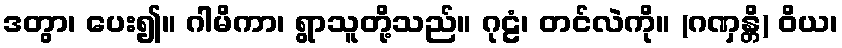
ဒတွာ၊ ပေး၍။ ဂါမိကာ၊ ရွာသူတို့သည်။ ဂုဠံ၊ တင်လဲကို။ (ဂဏှန္တိ) ဝိယ၊